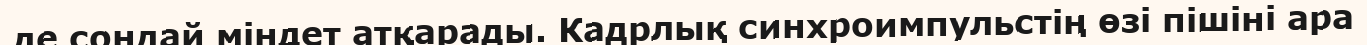
де сондай міндет атқарады. Кадрлық синхроимпульстің өзі пішіні ара